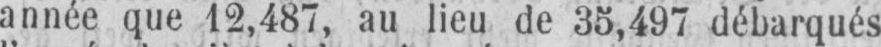
année que 12,487, au lieu de 35,497 débarqués